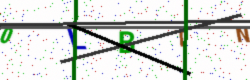
Text: 0LBTN